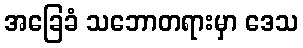
အခြေခံ သဘောတရားမှာ ဒေသ